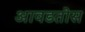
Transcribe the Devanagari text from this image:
आवडतोस